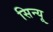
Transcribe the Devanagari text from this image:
सिन्यू